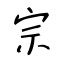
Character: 宗